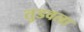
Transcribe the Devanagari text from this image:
तुडवला